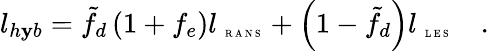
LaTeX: l_{h\mathbf{y}b}=\tilde{{f}}_{d}\left({1+f_{e}}\right)l_{\mathrm{{~\tiny~R~A~N~S~}}}+\left({1-\tilde{{f}}_{d}}\right)l_{\mathrm{{~\tiny~L~E~S~}}}\quad.